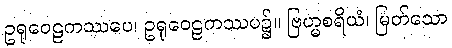
ဥရုဝေဠကဿပေ၊ ဥရုဝေဠကဿပ၌။ ဗြဟ္မစရိယံ၊ မြတ်သော